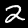
Digit: 2